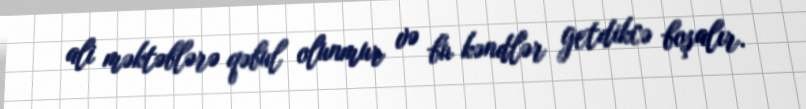
ali məktəblərə qəbul olunmur və bu kəndlər getdikcə boşalır.